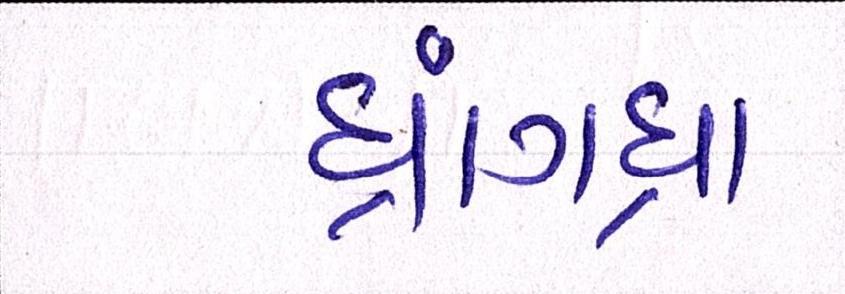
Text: ધ્રાંગધ્રા